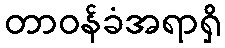
တာဝန်ခံအရာရှိ